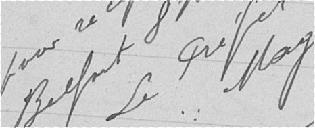
Vu pour récipissé et approuvé - Belfort 8 novembre 1918. Le Préfet, signé Mage